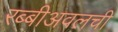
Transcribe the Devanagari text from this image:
रब्बीअवलची